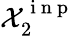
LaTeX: \mathcal{X}_{2}^{\mathrm{~i~n~p~}}